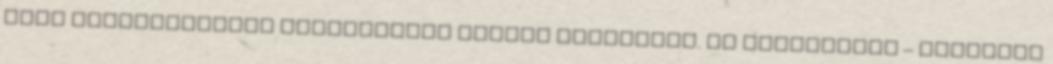
jogi kötelezettség teljesítése végett szükséges. Az adatkezelő – ideértve